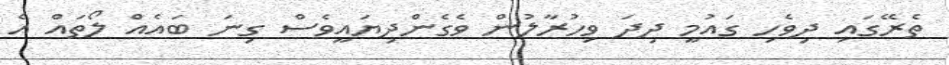
ތެރޭގައި ދިވެހި ގައުމީ ދިދަ ވިހުރާލުން ވެގެންދިޔައީވެސް ގިނަ ބައެއް ލޯތައް އެ